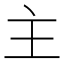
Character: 主